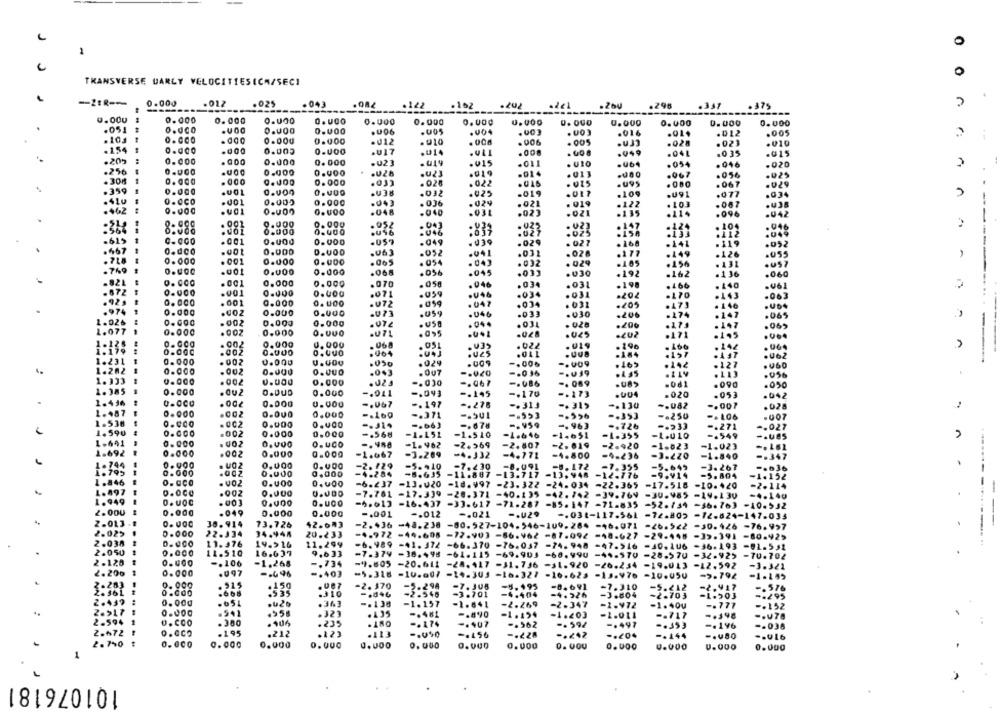
TRANSVERSE DARLY VELOCITIESICH/SECI
0.000
.012
.025
.043
.122
.162
.202
.260
.296
.375
n
---
0.000
0.000
0.000
0.000
0.000
0.000
0.000
U.000
0.000
0.000
0.000
0.000
.051
0.UCO
.U06
.005
.003
. UO 3
.016
.012
.005
r:
.103
0.000
0.000
. 012
. 010
. 005
.UJJ
.02
.021
.010
.154
.000
0.005
.U17
.014
.008
.041
.035
.20g
.......
0.000
0.000
0. 000
.U23
.015
.011
. UIO
.054
.046
.256
.U23
.
.U28
.019
. 013
.967
.056
.308
0.000
.03)
. 020
.022
.U95
. 067
.
.359
0.000
.U38
.032
.U25
.019
.109
.U91
.077
:02
.4Lu
0.0CO
0.005
. 036
.03
0.000
.043
.024
.021
. 019
.122
.087
.462
.048
.040
.031
.02]
.021
.435
.114
.096
.564
. 001
9.000
0.000
.052
.124
. 104
2
0.000
0.000
.U96
:023
.025
.112
.615
.001
0.000
.049
. 039
.029
. 021
.168
.141
. 119
.667
0.dco
.001
0.000
D.VOD
.052
.032
.063
.041
.031
. 028
.177
.449
.126
.718
0.000
. 001
0.000
. 054
. 043
.032
. 029
.156
. 131
.US7
.769
0.000
.001
0.000
0.000
.068
.056
.045
.033
.192
.162
.136
.821
0.000
0.000
.OTO
.058
.946
.034
. 031
.198
.466
. 140
.872
0.000
.001
0.000
0.4OG
.071
.059
.034
.034
.06
.92.
.202
.170
.443
.063
0.000
.001
0.000
.U72
.059
. 047
.034
. 031
.205
.146
.974
0.000
0.000
0.000
.073
.059
.046
.031
.030
.ZUb
.274
.147
.002
0.000
0.000
1.026
. US
.031
.200
.065
1.077
0.000
.002
0.000
O.VUO
.071
.028
.eu2
.195
...
0.000
0.000
.068
. U19
.002
.051
.v39
.022
. 196
A
0.000
.004
oves
.184
.157
. AAT
.062
1.231
0.000
.002
0.000
.024
.009
-. 00₺
.165
.142
.127
0.000
.002
0.000
O.duo
.0+3
.007
-. 020
. & LV
1.333
-. 036
. 113
0.000
.002
0.000
0.000
.U2S
-. 030
-. 067
-. 089
.061
.090
.050
1.385
0.000
.Ou2
0.DUD
0.000
-. 043
-. 145
-. 170
-. 173
.UU4
.020
.053
1.436
.00₺
0.000
0.000
-. 197
-. 278
-. 313
-. 319
-. 130
-. 082
-. 00?
.028
1-487
0.000
.002
0.000
-. 371
-. 953
-. 353
.007
1.538
-. 250
0.cco
. QC2
0.000
-- 314
-. 663
-. 959
-. 963
-. 726
-. 233
-. 271
-. 027
1.590
0.000
.002
0.000
0.000
-. 568
-1.151
-1.646
-1.651
-L.U 10
-. 549
-. ues
n
1.641
0.000
.002
0.000
-1. 962
-2.569
1.692
-2.807
-2.819
-2.920
-1.823
-1.023
0.000
.002
0.000
0.000
-1.067
3.209
=4-332
-4.771
-4.800
-9-236
-3.220
-1.840
-- 347
1.744
0.900
0.000
-2. 729
-7.430
-8. 172
1.795
0.000
.002
0.000
0.000
0.000
-4-284
-8.635
-5.410
-8.091
-7.355
-5.695
-3.267
-. 636
-11.887
=13.717
-13. 948
-9.414
-5.804
-1.152
1.846
. VOZ
0.000
=6.237
-13.020
⑉18.997
-23. 322
-24.034 -22.365
-17.516
-10.420
-2.114
1.897
.00Z
0.000
-7.761 -17.339
-20.371 -40-135
⑉42.742 -39.764 -30.985
-19.130
-4.140
1.949
O. VOC
.001
0.400
O.UCO
-16.437
-33-617 -71-287
-85. 147 -71-835 -52.734 -46.763
-10-532
2.000
0.000
.049
0.000
0.000
-. 001
-. 012
-. 021
-. U29
-. 03t-117.564
-12.824-147.034
2.013
30. 914
73.726
42.043
-2.436
-48.238
-80.527-104-546-109.284 -46.971
-30.426 -76.997
-
---
2.02>
0.000
22.334
34.944
20.233
-4.972 -44-605
-72.903 -86.962 -87.092
-48-627
-29-448
-39.391
-80-429
2.038
0.000
11.376
19.516
11.299
-6. 989
-41. 372
-66.370
-76.047
-74. 948
2.050
=47.516 -J0.106
-36.193 -01-551
11.510
16.637
9.633
⑉7.374 -38.498 -61.115
-69.90J
-66, 99U
-44-570
-28.570
-32.92>
-TU.704
2.120
0.400
-. 106
-1.268
-. 734
-1.605 -20.641
-28.417
-31.746
-31.920
-26.254 -19.013
-12.592
-3.321
2. 200
0.000
.097
-. 403
-5-316
-10.007
-14.305 -16-321
-16.623
-13.976
-10.050
-5.792
₹.283
9. 000
.315
.150
.2. 370
-7. 308
-5.195
-8.691
-7.310
-5 .< 12
-. 576
2.361
.668
.535
.310
-2.548
-3.701
-4.404
-J.804
-2.703
2.449 :
-1.503
0.000
.651
.363
-. 138
-1.157
-1.641
-2.269
-2-347
-1.972
-1.40u
-. 777
-. 152
..
2.517
.541
.958
.323
-. 481
-4.203
-- 717
2.594
O.CCO
. 300
.235
.180
-. 174
-. 407
-. 196
-- 038
2.472
.195
.212
.123
.113
-. 456
-.¿ 28
-. 144
.. ULb
2.700
0.000
0.000
0.000
0.000
0.VU0
0.000
0.000
U.000
0.000
0.000
101076181